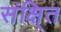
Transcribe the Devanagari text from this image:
संक्षि्त